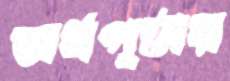
অর্ধপৃষ্ঠার